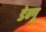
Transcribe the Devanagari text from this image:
डेन्गू